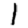
Digit: 1